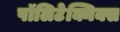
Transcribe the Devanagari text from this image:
पॉलिटेक्निक्स